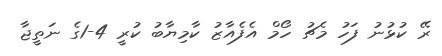
ރޭ ކުޅުނު ފަހު މެޗު ހޯމް އެފެއާޒު ކާމިޔާބު ކުރީ 4-1ގެ ނަތީޖާ